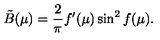
{ \tilde { B } } ( \mu ) = \frac { 2 } { \pi } f ^ { \prime } ( \mu ) \sin ^ { 2 } f ( \mu ) .